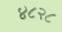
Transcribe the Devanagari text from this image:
४८२८